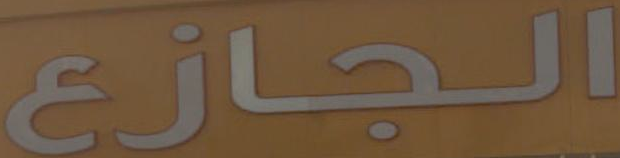
الجازع